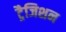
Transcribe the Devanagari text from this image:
ट्रैजिशन